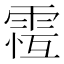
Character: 𩃆